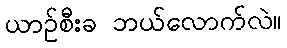
ယာဉ်စီးခ ဘယ်လောက်လဲ။